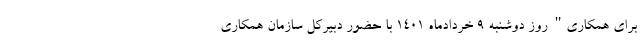
برای همکاری" روز دوشنبه 9 خردادماه 1401 با حضور دبیرکل سازمان همکاری